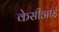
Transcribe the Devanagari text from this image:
केसीआई